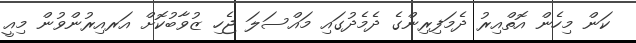
ކަން މިހެން އޮތްއިރު ދެމަފިރިންގެ ދެމެދުގައި މައްސަލަ ޖެހި ޒުވާބުކޮށް އަރއިރުންވުން މިއީ